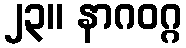
၂၃။ နာဂဝဂ္ဂ